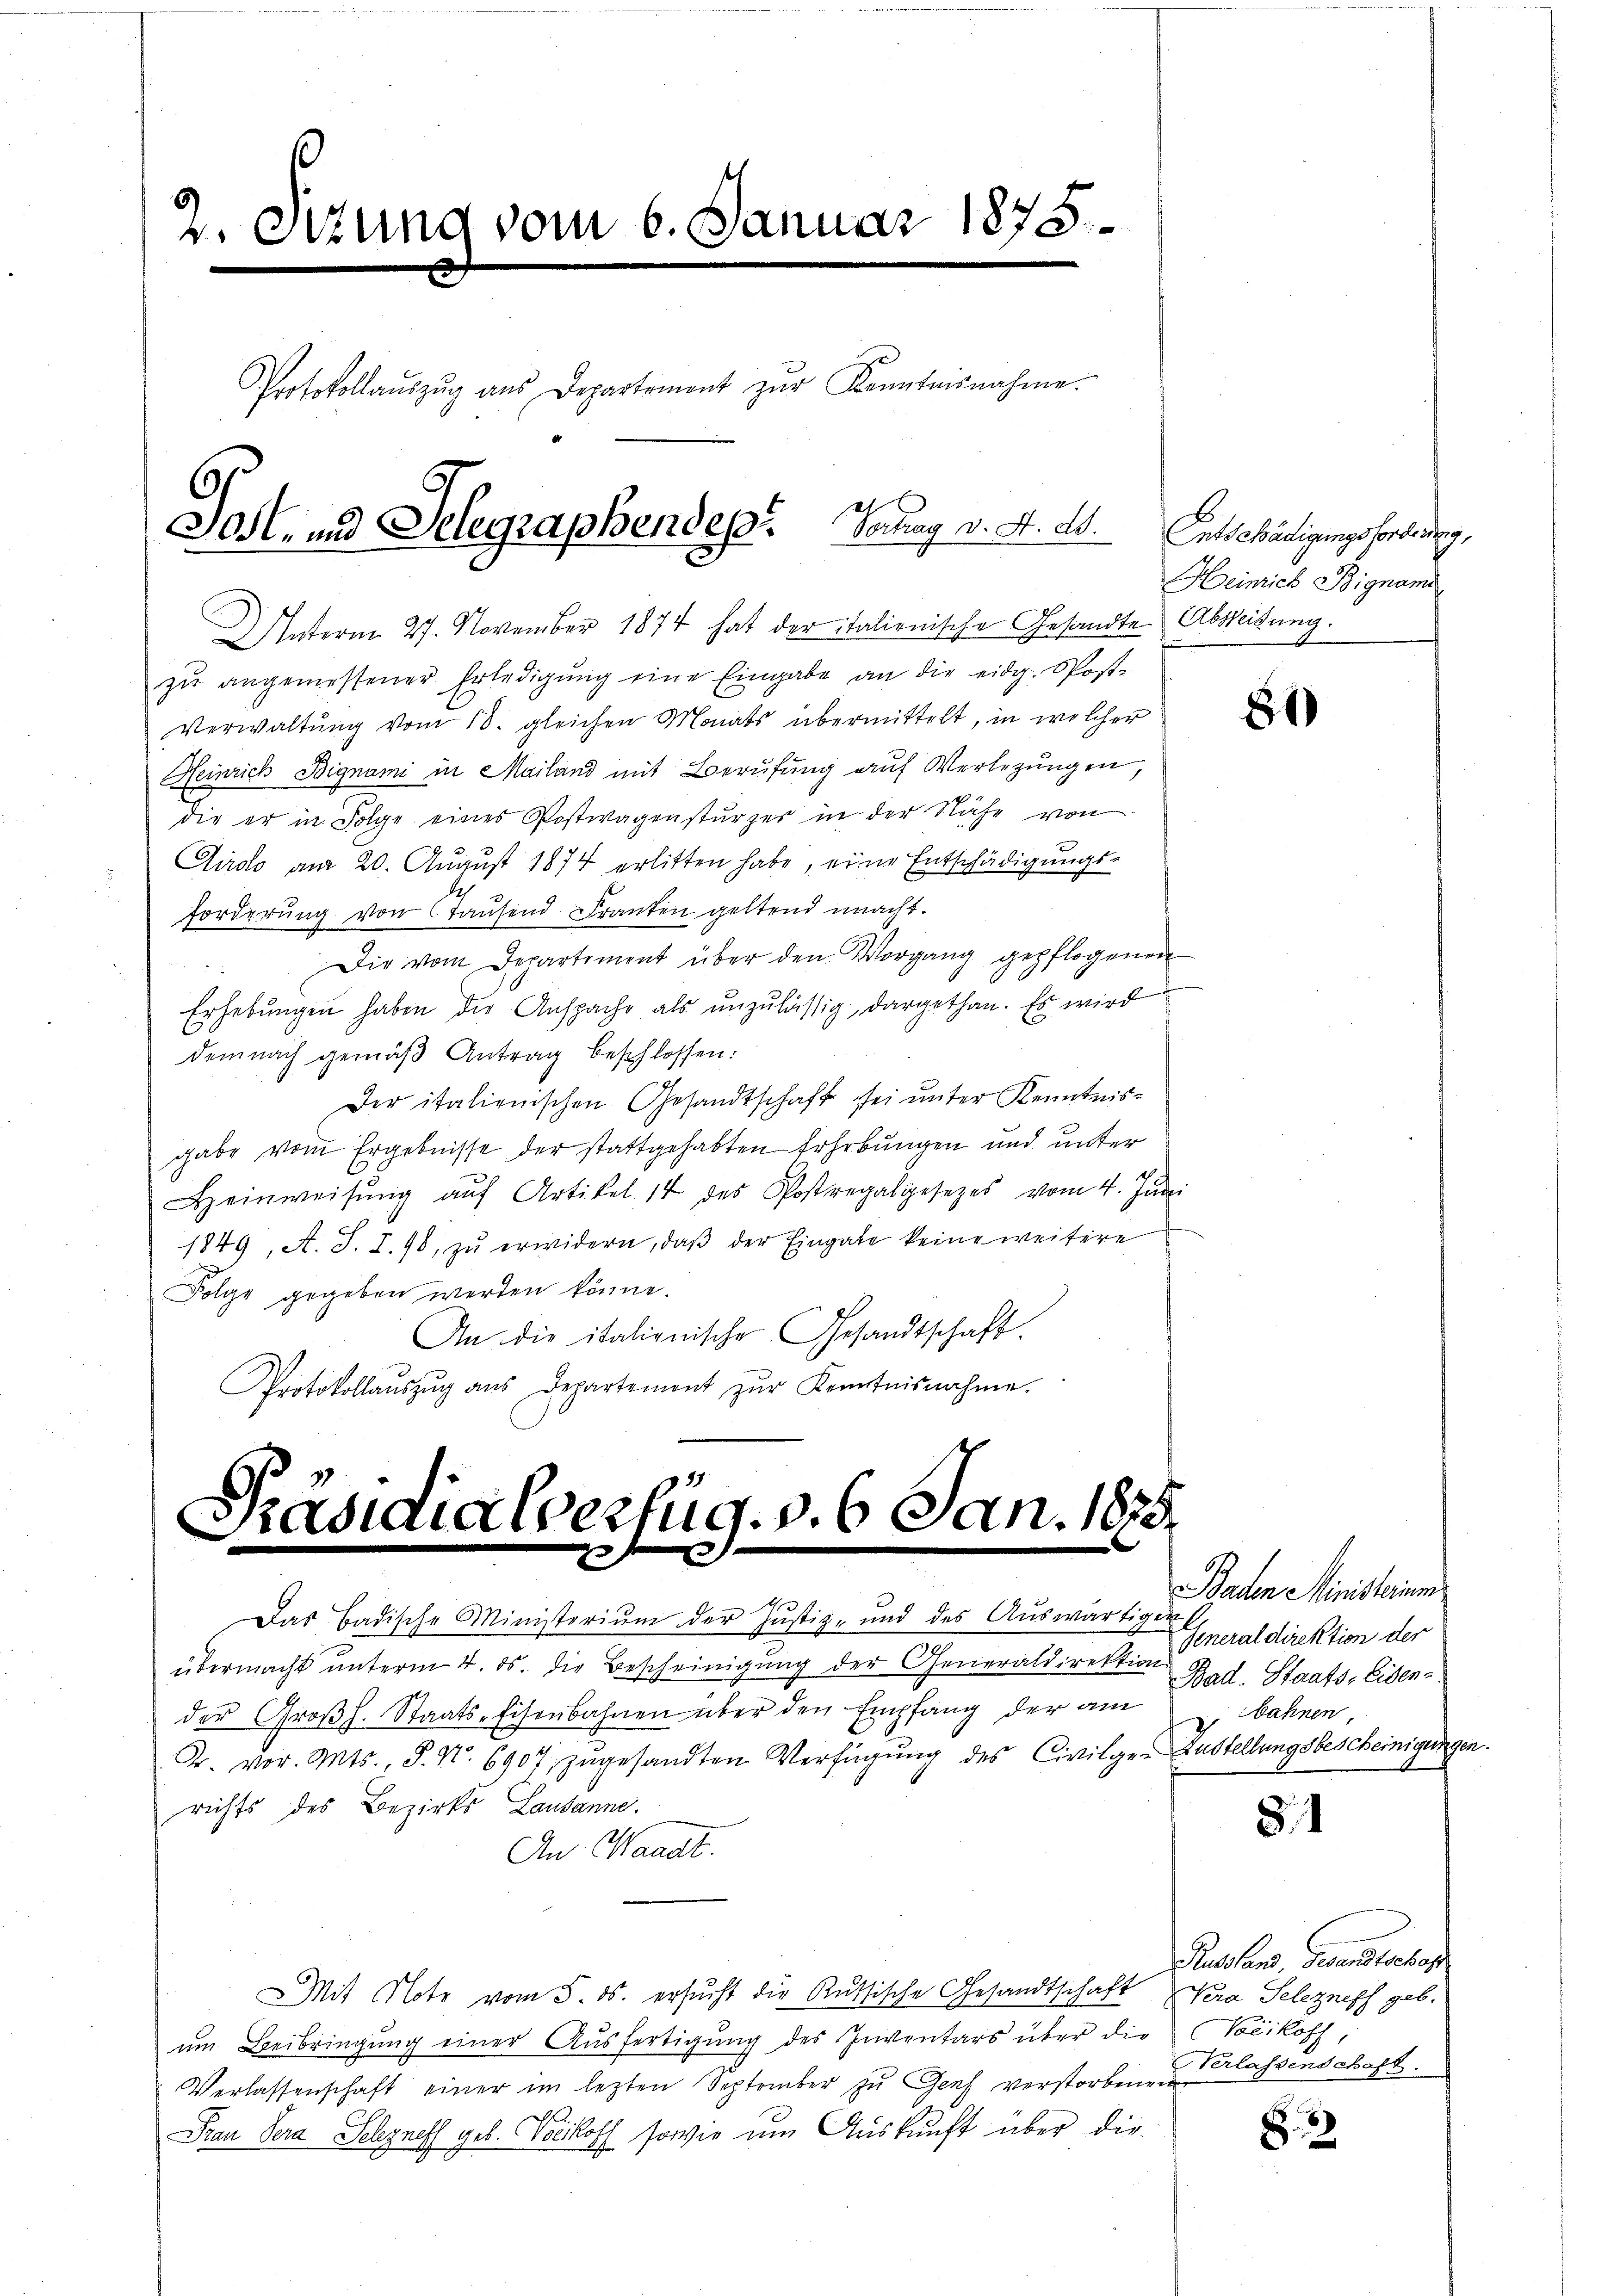
2. Sitzung vom 6. Januar 1875.

Protokollaŭszŭg ans Departement zŭr Kenntnisnahme.
Post- und Telegraphendep. Verung v. d. d.

Unterm 27. November 1874 hat der italienische Gesandte Abweisung.
zŭ angemessener Erledigŭng eine Eingabe an die eidg. Post-
Verwaltŭng vom 18. gleichen Monats übermittelt, in welcher
Heinrich Bignami in Mailand mit Berufung aŭf Verlegŭngen,
die er in Folge eines Postwagenstürzer in der Nähe von
Airdo am 20. August 1874 erlitten habe, eine Entschädigungsforderung von Tausend Franken geltend macht.
Die vom Departement über den Vorgang gepflogenen
Erhebŭngen haben die Anspache als unzulässig dargethan. Es wird
demnach gemäß Antrag beschlossen:
Der italienischen Gesandtschaft sei unter Kenntnisgabe vom Ergebnisse der stattgehabten Erhebungen und unter
Heinweisŭng aŭf Artikel 14 des Postregalgesezes vom 4. Juni
1849, A. S. I. 98, zŭ erwidern, daβ der Eingabe keine weitere
Folge gegeben werden könne.
An die italienische Gesandtschaft.
Protokollaŭszŭg aŭs Departement zŭr Kenntnisnahme.

17
Kasidialverfug. v. 6 Jan.1
.
 x

Das Badische Ministerium der Justiz- und des Auswärtige.
übermacht unterm 4. ds. die Bescheinigung der Generaldirektion heraldirektion der
richts des Bezirks Lausanne.
An Waadt.

der Groβh. Staats-Eisenbahnen über den Empfang der am bahnen,
Fr. vor. Mts., S. N. 6907 zŭgesandten Verfügung des Civilger Zustellungsbescheinigung.

Mit Note vom 5. ds. ersucht die Russische Gesandtschaft Vera Selezneff geb.
um Beibringung einer Ausfertigung des Inventars über die Vocikoff
Verlassenschaft einer im lezten September zŭ Genf verstorbenen
Frau Sera Schyneff geb. Vocikoff sowie um Auskunft über die

Entschädigungsforderung,
Heinrich Bignand

81)

Baden Ministerium
Bad. Staats, Eisen-

8.1

Russens, Fenstreben
Verlassenschaft.

S. 38